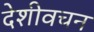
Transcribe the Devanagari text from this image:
देशीवचन